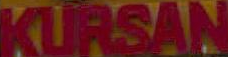
KURSAN